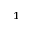
^ { 1 }